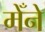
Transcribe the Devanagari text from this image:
मेँने